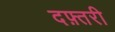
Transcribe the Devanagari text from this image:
दफ़्तरी